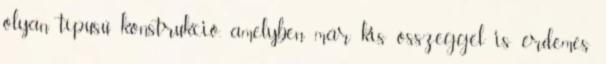
olyan típusú konstrukció, amelyben már kis összeggel is érdemes